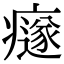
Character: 𤻄